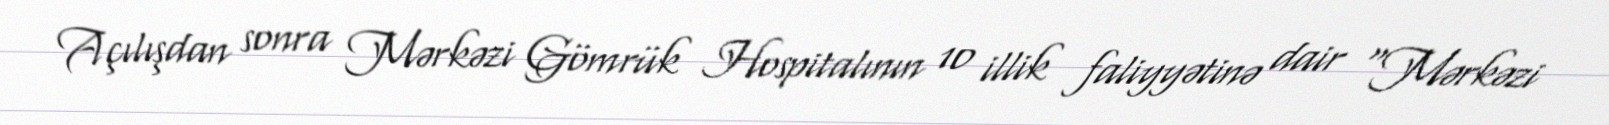
Açılışdan sonra Mərkəzi Gömrük Hospitalının 10 illik faliyyətinə dair “Mərkəzi